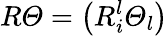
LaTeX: R\varTheta=\left(R_{i}^{l}\varTheta_{l}\right)